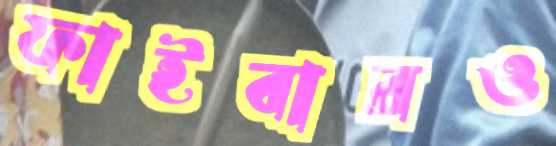
ফাইবারও